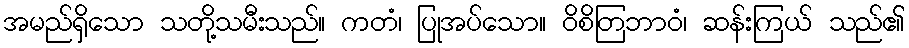
အမည်ရှိသော သတို့သမီးသည်။ ကတံ၊ ပြုအပ်သော။ ဝိစိတြဘာဝံ၊ ဆန်းကြယ် သည်၏